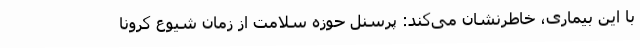
با این بیماری، خاطرنشان می‌کند: پرسنل حوزه سلامت از زمان شیوع کرونا